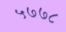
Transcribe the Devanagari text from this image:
५७७८